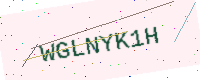
Text: WGLNYK1H